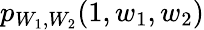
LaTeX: p_{W_{1},W_{2}}(1,w_{1},w_{2})